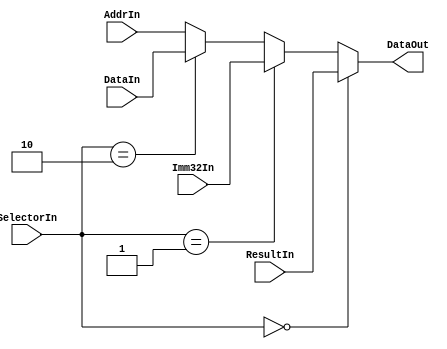
module DataMUX(ResultIn,Imm32In,DataIn,AddrIn,SelectorIn,DataOut);
  input[31:0] ResultIn;     //from ALU
  input[31:0] Imm32In;      //from ImmGenlui
  input[31:0] DataIn;       //from DMemlw
  input[31:0] AddrIn;       //from PCPlus1Adderjal/jalr
  input[1:0] SelectorIn;    //from Controller
  output reg[31:0] DataOut; //to Reg

  always @(*) begin
    if (SelectorIn==0) DataOut<=ResultIn;
    else if (SelectorIn==1) DataOut<=Imm32In;
    else if (SelectorIn==2) DataOut<=DataIn;
    else DataOut<=AddrIn;
  end
endmodule